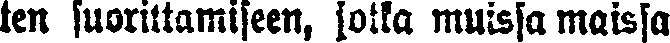
ten suorittamiseen, jotka muissa maissa